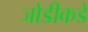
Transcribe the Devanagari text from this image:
जोडीकडे